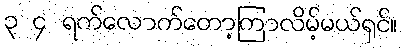
၃ ၄ ရက်လောက်တော့ကြာလိမ့်မယ်ရှင်။